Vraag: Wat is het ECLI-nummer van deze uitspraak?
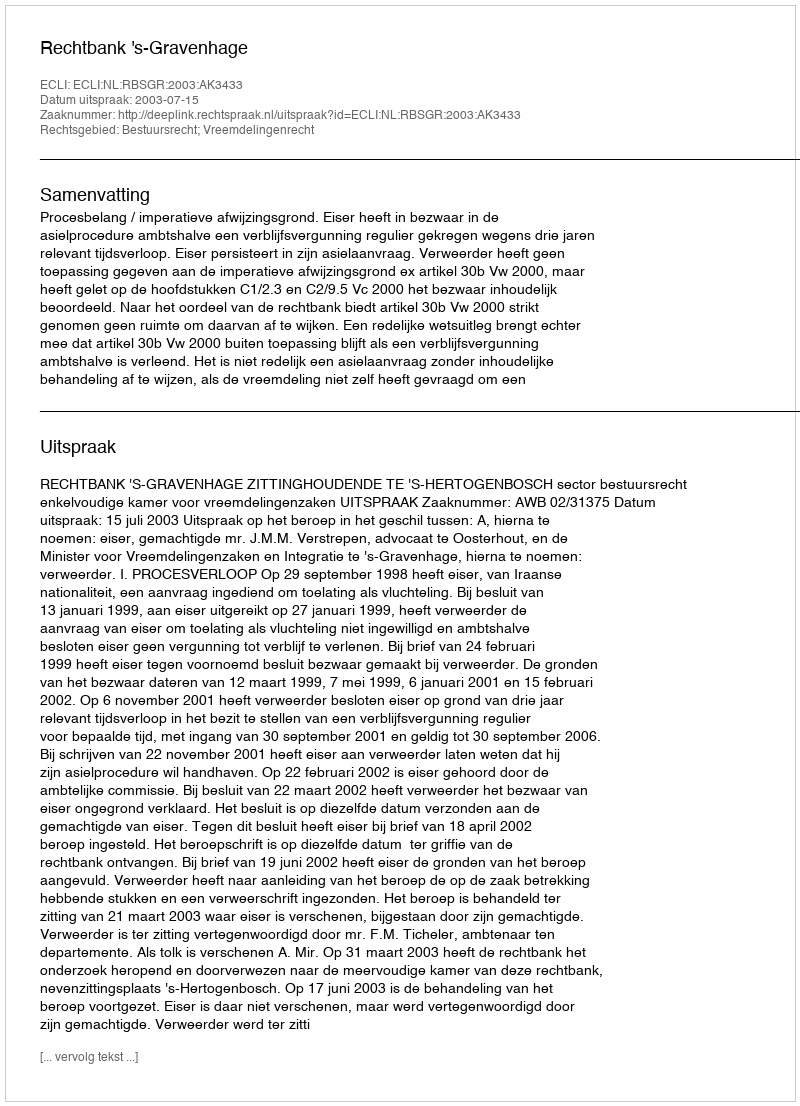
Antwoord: ECLI:NL:RBSGR:2003:AK3433